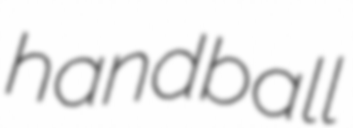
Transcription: handball